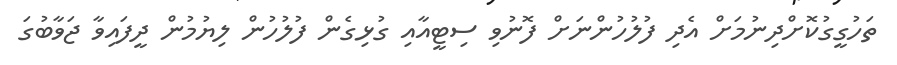
ތަހުގީގުކޮށްދިނުމަށް އެދި ފުލުހުންނަށް ފޮނުވި ސިޓީއާއި ގުޅިގެން ފުލުހުން ލިޔުމުން ދީފައިވާ ޖަވާބުގަ